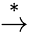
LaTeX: \stackrel{*}{\rightarrow}